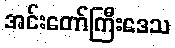
အင်းတော်ကြီးဒေသ